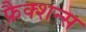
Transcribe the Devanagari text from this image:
फ्रैक्शन्स